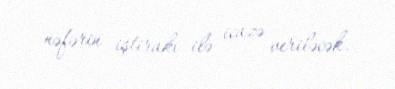
nəfərin iştirakı ilə icazə veriləcək.